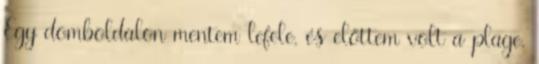
Egy domboldalon mentem lefele, és előttem volt a plage,